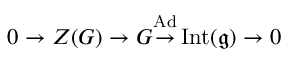
0 \to Z ( G ) \to G { \overset { \operatorname { A d } } { \to } } \operatorname { I n t } ( { \mathfrak { g } } ) \to 0